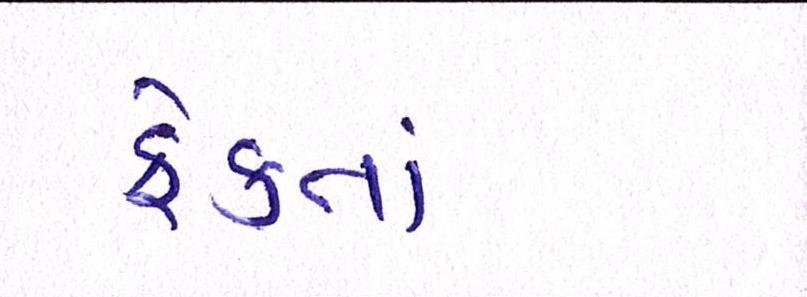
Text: ફેંકતાં